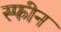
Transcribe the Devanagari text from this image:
स्फीन